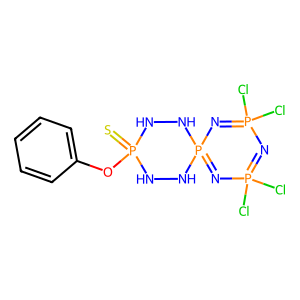
SMILES: S=P1(Oc2ccccc2)NNP2(=NP(Cl)(Cl)=NP(Cl)(Cl)=N2)NN1
Inhibits HIV replication: No